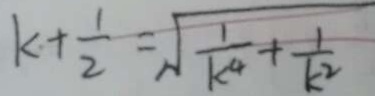
k + \frac { 1 } { 2 } = \sqrt { \frac { 1 } { k ^ { 4 } } + \frac { 1 } { k ^ { 2 } } }